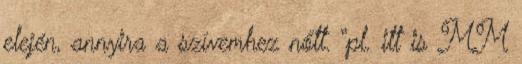
elején, annyira a szívemhez nőtt. “pl. itt is MM